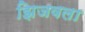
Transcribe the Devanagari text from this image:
झिजवला